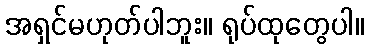
အရှင်မဟုတ်ပါဘူး။ ရုပ်ထုတွေပါ။